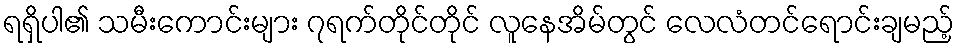
ရရှိပါ၏ သမီးကောင်းများ ၇ရက်တိုင်တိုင် လူနေအိမ်တွင် လေလံတင်ရောင်းချမည့်